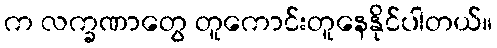
က လက္ခဏာတွေ တူကောင်းတူနေနိုင်ပါတယ်။